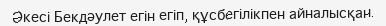
Әкесі Бекдәулет егін егіп, құсбегілікпен айналысқан.